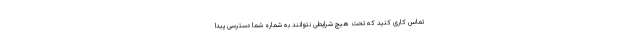
تماس کاری کنید که تحت هیچ شرایطی نتوانند به شماره شما دسترسی پیدا